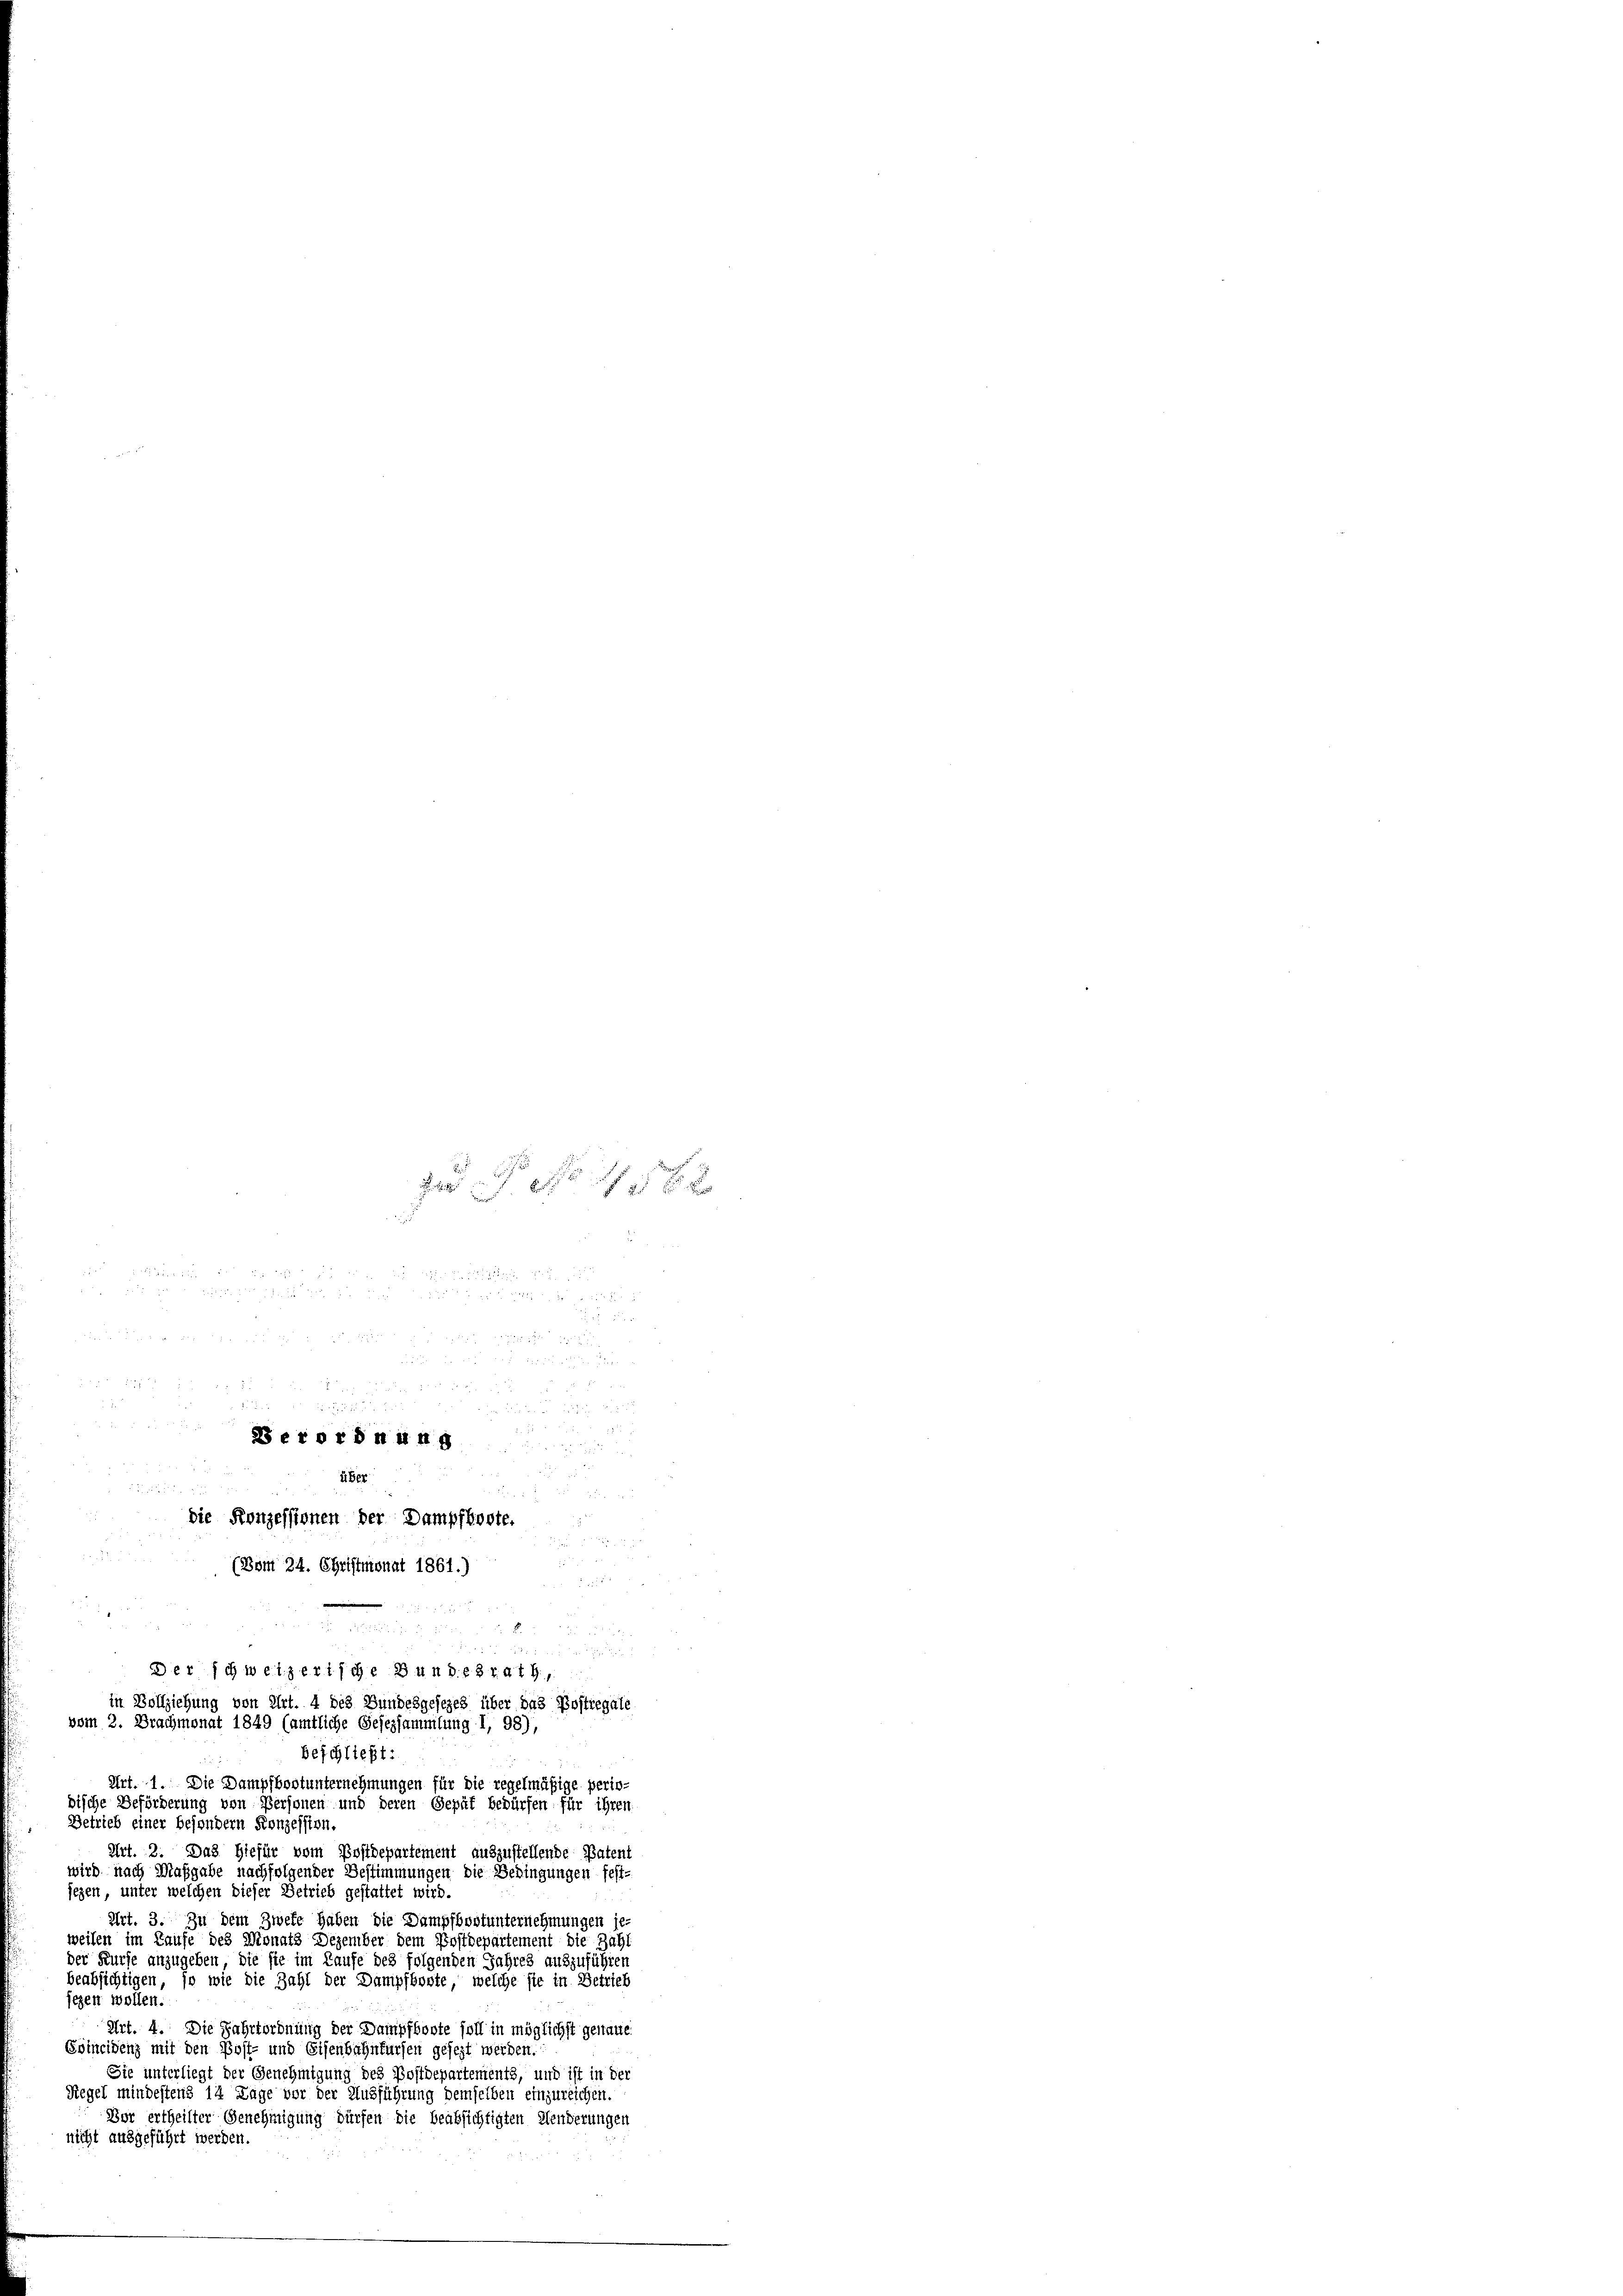
J S. 48 x
3
u

Berordnung

über

5 x 2

die Konzessionen der Dampfboote.

2
(Bom 24. Christmonat 1861.)
a

28 x

Der schweizerische Bundesrath,
in Vollziehung von Art. 4 des Bundesgesezes über das Postiegale
vom 2. Brachmonat 1849 (amtliche Gesezsammlung I, 98),

2
8
 5 f 0 x
r

beschließt:
Art. 1. Die Dampfbootunternehmungen für die regelmäßige periodische Beförderung von Personen und deren Gepät bedürfen für ihren
Detrieb einer besondern Konzession.
Art. 2. Das Hiefür vom Postdepartement auszustellende Patent
wird nach Maßgabe nachfolgender Bestimmungen die Bedingungen fest-
jezen, unter welchen dieser Betrieb gestattet wird.
Art. 3. Zu dem Zweke haben die Dampfbootunternehmungen je-
weilen im Laufe des Monats Dezember dem Postdepartement die Zahl
der Kurse anzugeben, die sie im Laufe des folgenden Jahres auszuführen
beabsichtigen, so wie die Zahl der Dampfborte, welche sie in Betrieb
iegen wollen.
Art. 4. Die Fahrtordnung der Dampfboote soll in möglichst genante
Svincidenz mit den Post- und Eisenbahnfürfen gesezt werden.
Sie unterliegt der Genehmigung des Postdepartements, und ist in der
Regel mindestens 14 Tage vor der Ausführung demselben einzureichen.
Dor ertheilter Genehmigung dürfen die beabsichtigten Menderungen
nicht ausgeführt werden.